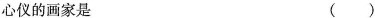
心仪的画家是 ( )